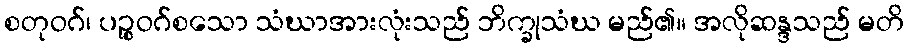
စတုဝဂ်၊ ပဉ္စဝဂ်စသော သံဃာအားလုံးသည် ဘိက္ခုသံဃ မည်၏။ အလိုဆန္ဒသည် မတိ